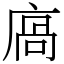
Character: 㢐